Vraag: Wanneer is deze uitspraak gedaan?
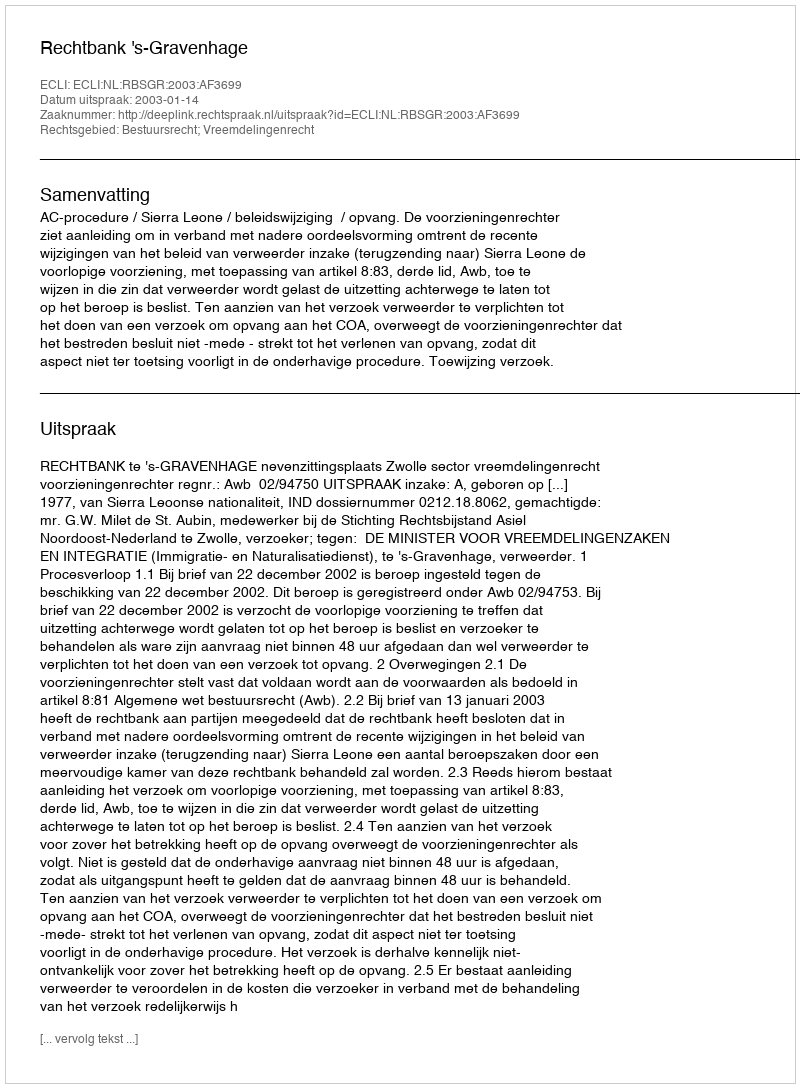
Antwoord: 2003-01-14